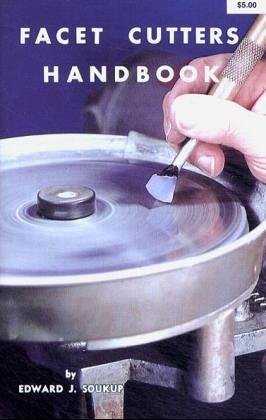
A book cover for Facet Cutters Handbook (Gembooks); Edward J. Soukup; Reference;